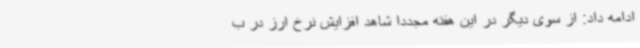
ادامه داد: از سوی دیگر در این هفته مجددا شاهد افزایش نرخ ارز در ب